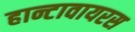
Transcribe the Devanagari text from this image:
हान्टावायरस